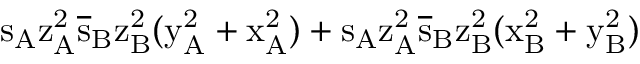
\mathrm { s _ { A } \mathrm { z _ { A } ^ { 2 } \mathrm { \overline { { s } } _ { B } \mathrm { z _ { B } ^ { 2 } ( \mathrm { y _ { A } ^ { 2 } + \mathrm { x _ { A } ^ { 2 } ) + \mathrm { s _ { A } \mathrm { z _ { A } ^ { 2 } \mathrm { \overline { { s } } _ { B } \mathrm { z _ { B } ^ { 2 } ( \mathrm { x _ { B } ^ { 2 } + \mathrm { y _ { B } ^ { 2 } ) } } } } } } } } } } } }